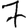
Digit: 7